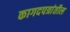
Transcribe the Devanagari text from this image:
कागदपत्रांतील